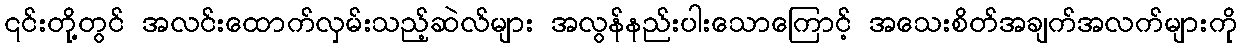
၎င်းတို့တွင် အလင်းထောက်လှမ်းသည့်ဆဲလ်များ အလွန်နည်းပါးသောကြောင့် အသေးစိတ်အချက်အလက်များကို